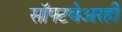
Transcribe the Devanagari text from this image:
सॉफ्टवेअरही